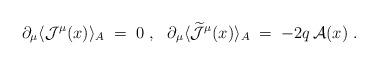
LaTeX: \begin{align*}\partial_\mu \langle {\mathcal J}^\mu (x)\rangle_A\;=\;0~,~~\partial_\mu \langle \widetilde{{\mathcal J}}^\mu (x)\rangle_A \;=\; - 2q\,{\mathcal A} (x)~.\end{align*}